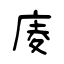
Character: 庱